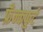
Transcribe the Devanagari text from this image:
फ्रँन्कफुर्ट